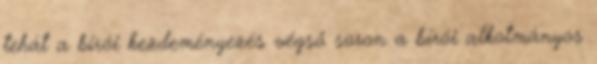
tehát a bírói kezdeményezés végső soron a bírói alkotmányos